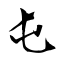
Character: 屯